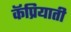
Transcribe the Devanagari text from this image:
कॅप्रियाती